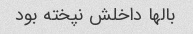
بالها داخلش نپخته بود